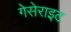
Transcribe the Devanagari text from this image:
गेसेराइट